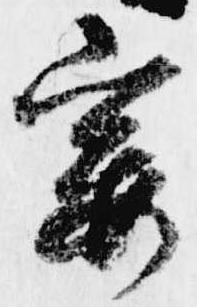
宴